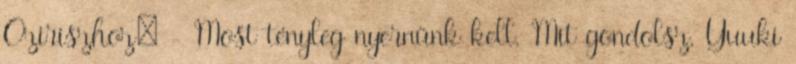
Oziriszhoz: - Most tényleg nyernünk kell. Mit gondolsz, Yuuki